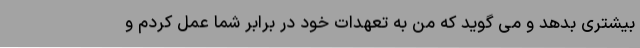
بیشتری بدهد و می گوید که من به تعهدات خود در برابر شما عمل کردم و